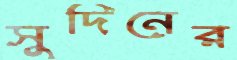
সুদিনের